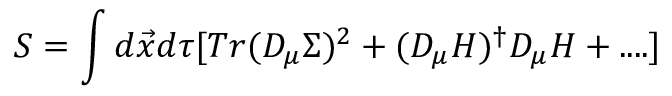
S = \int d \vec { x } d \tau [ T r ( D _ { \mu } \Sigma ) ^ { 2 } + ( D _ { \mu } H ) ^ { \dagger } D _ { \mu } H + . . . . ]